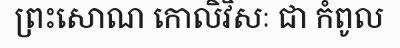
ព្រះសោណ កោលិវិសៈ ជា កំពូល